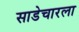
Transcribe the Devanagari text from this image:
साडेचारला